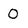
Character: O